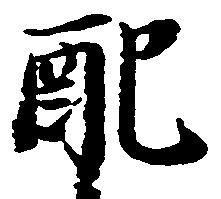
配